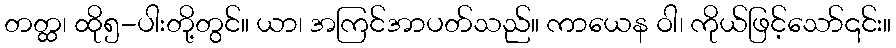
တတ္ထ၊ ထို၅-ပါးတို့တွင်။ ယာ၊ အကြင်အာပတ်သည်။ ကာယေန ဝါ၊ ကိုယ်ဖြင့်သော်၎င်း။